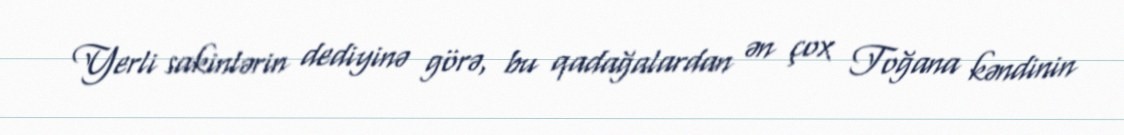
Yerli sakinlərin dediyinə görə, bu qadağalardan ən çox Toğana kəndinin